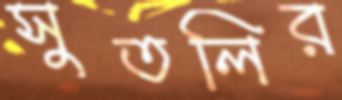
সুতলির